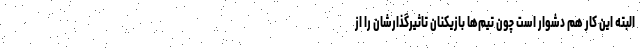
البته این کار هم دشوار است چون تیم‌ها بازیکنان تاثیرگذارشان را از